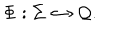
\Phi : \Sigma \hookrightarrow { \cal Q } .